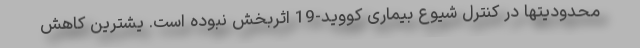
محدودیتها در کنترل شیوع بیماری کووید-19 اثربخش نبوده است. یشترین کاهش